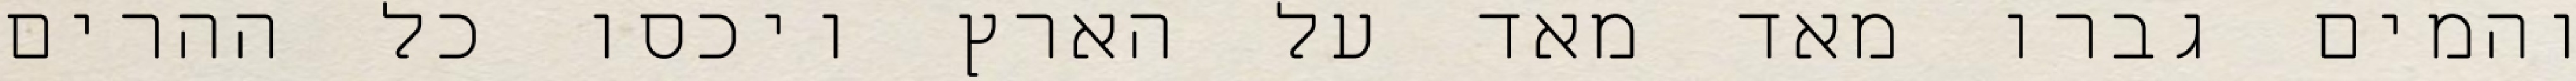
והמים גברו מאד מאד על הארץ ויכסו כל ההרים